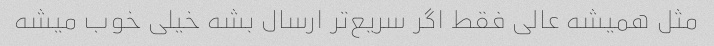
مثل همیشه عالی فقط اگر سریع‌تر ارسال بشه خیلی خوب میشه